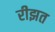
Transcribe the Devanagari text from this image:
रीझत